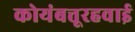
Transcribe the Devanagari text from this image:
कोयंबत्तूरहवाई